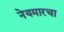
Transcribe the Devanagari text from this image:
नेयमारचा